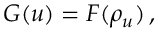
G ( u ) = F ( \rho _ { u } ) \, ,